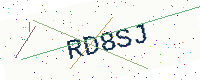
Text: RD8SJ